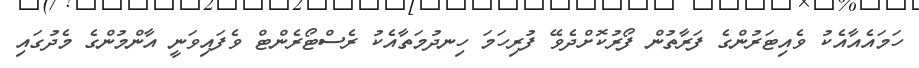
ހަމައެއާއެކު ވެއިޓަރުންގެ ފަރާތުން ފޯރުކޮށްދެވޭ ފުރިހަމަ ހިނދުމަތާއެކު ރެސްޓޯރެންޓް ވެފައިވަނީ އާންމުންގެ މެދުގައި